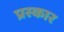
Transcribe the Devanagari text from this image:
प्रस्कार